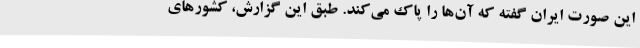
این صورت ایران گفته که آن‌ها را پاک می‌کند. طبق این گزارش، کشورهای